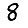
Digit: 8